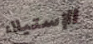
الإستيلاء